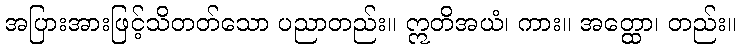
အပြားအားဖြင့်သိတတ်သော ပညာတည်း။ ဣတိအယံ၊ ကား။ အတ္ထော၊ တည်း။